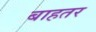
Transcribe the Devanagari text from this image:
बाहतर